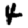
Digit: 4